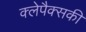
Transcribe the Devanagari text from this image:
क्लेपैक्सकी